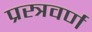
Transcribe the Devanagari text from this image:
प्रस्त्रवर्ण